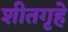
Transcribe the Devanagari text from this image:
शीतगृहे